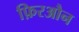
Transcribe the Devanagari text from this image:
फ़िरऔन